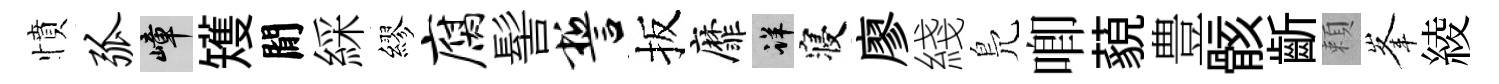
憤弧嶂矱閒綵繆腐髻誓扳靡详寝廖綫鳬唧藐豊骸齗頼峯綾